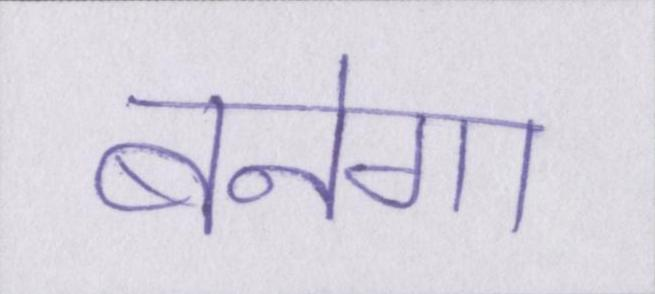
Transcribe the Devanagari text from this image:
बनेगा